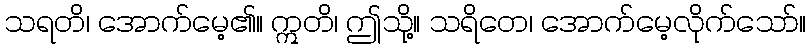
သရတိ၊ အောက်မေ့၏။ ဣတိ၊ ဤသို့။ သရိတေ၊ အောက်မေ့လိုက်သော်။